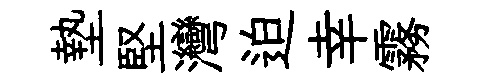
墊堅灣迫幸霧